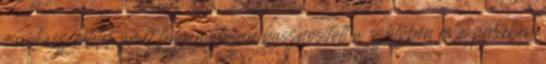
munkaszeretetet, amit folyamatosan hasznosított a szôlôben és a pincében